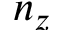
n _ { z }